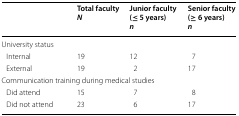
|  | Total facultyN | Junior faculty (≤ 5 years)n | Senior faculty (≥ 6 years)n |
 | --- | --- | --- | --- |
 | <COLSPAN=4> University status |
 | Internal | 19 | 12 | 7 |
 | External | 19 | 2 | 17 |
 | <COLSPAN=4> Communication training during medical studies |
 | Did attend | 15 | 7 | 8 |
 | Did not attend | 23 | 6 | 17 |